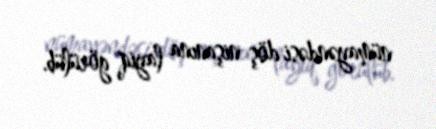
nümayəndəsi döş nişanına layiq görülüb.